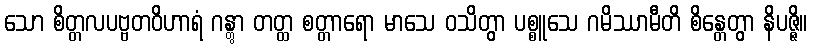
သော စိတ္တလပဗ္ဗတဝိဟာရံ ဂန္တွာ တတ္ထ စတ္တာရော မာသေ ဝသိတွာ ပစ္စူသေ ဂမိဿာမီတိ စိန္တေတွာ နိပဇ္ဇိ။